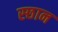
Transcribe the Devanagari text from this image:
स्छान